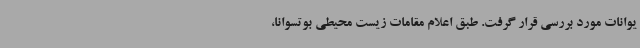
یوانات مورد بررسی قرار گرفت. طبق اعلام مقامات زیست محیطی بوتسوانا،